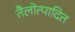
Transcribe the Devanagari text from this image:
तैलोत्पादित